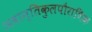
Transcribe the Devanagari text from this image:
अवान्तिकुलपौराणिक